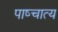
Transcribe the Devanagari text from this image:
पाष्चात्य